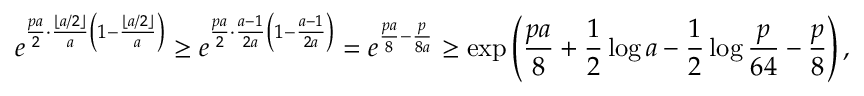
e ^ { \frac { p a } { 2 } \cdot \frac { \lfloor a / 2 \rfloor } { a } \left( 1 - \frac { \lfloor a / 2 \rfloor } { a } \right) } \ge e ^ { \frac { p a } { 2 } \cdot \frac { a - 1 } { 2 a } \left( 1 - \frac { a - 1 } { 2 a } \right) } = e ^ { \frac { p a } { 8 } - \frac { p } { 8 a } } \ge \exp \left( \frac { p a } { 8 } + \frac { 1 } { 2 } \log a - \frac { 1 } { 2 } \log \frac { p } { 6 4 } - \frac { p } { 8 } \right) ,